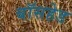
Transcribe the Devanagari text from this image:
बॉसहेड